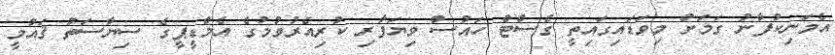
އެމަނިކުފާނު ގަމަށް މިވަޑައިގައިތީ ގެސްޓް ހައުސް ވިޔަފާރި ކުރިއެރުވުމުގެ އެމްޑީޕީގެ ސިޔާސަތު ޤައުމީ